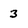
Character: 3